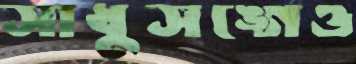
সাধুসঙ্গেও